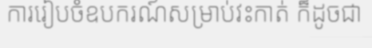
ការរៀបចំឧបករណ៍សម្រាប់វះកាត់ ក៏ដូចជា